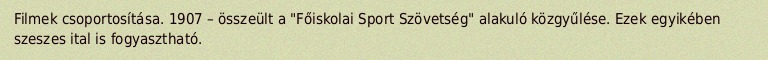
Filmek csoportosítása. 1907 – összeült a "Főiskolai Sport Szövetség" alakuló közgyűlése. Ezek egyikében szeszes ital is fogyasztható.